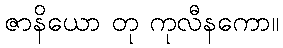
ဇာနိယော တု ကုလီနကော။